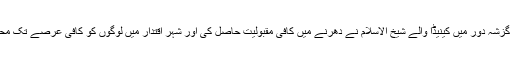
پیپلز پارٹی کے گزشہ دور میں کینیڈا والے شیخ الاسلام نے دھرنے میں کافی مقبولیت حاصل کی اور شہر اقتدار میں لوگوں کو کافی عرصے تک محبوس کئےرکھا۔